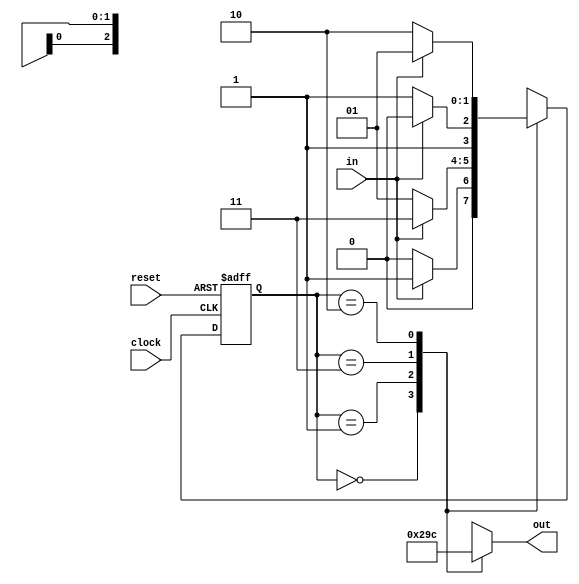
module fourstateMooreMachine(out, reset, in, clock);
output[2:0] out;
input reset, in, clock;
reg [2:0] out;
reg [1:0] nstate, pstate;
parameter s0=2'b00, s1=2'b01, s2=2'b11, s3=2'b10;
always @(in or pstate)
begin
    case(pstate)
    s0: begin
        out <= 1;
            if (in == 1)
                nstate <= s1;
            else nstate <= s0;
        end
    s1: begin
        out <= 2;
            if (in == 1)
            nstate <= s2;
            else nstate <= s1;
      end
    s2: begin
        out <= 3;
            if (in == 1)
            nstate <= s3;
            else nstate <= s2;
      end
    s3: begin
        out <= 4;
            if (in == 1)
            nstate <= s1;
            else nstate <= s3;
      end
    default: begin
        out <= 1;
        state <= s0;
end
endcase 
end
always @(posedge clock or negedge reset)
    begin
    if(reset == 1)
        pstate <= nstate;
    else
      pstate <= s0;
    end
endmodule